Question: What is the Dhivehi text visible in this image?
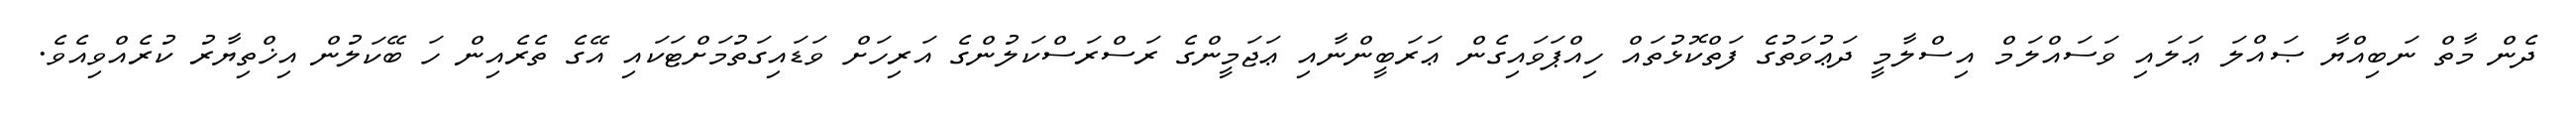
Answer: ދެން މާތް ނަބިއްޔާ ޞައްލަ ޢަލައި ވަސައްލަމް އިސްލާމީ ދަޢުވަތުގެ ފަތްކޮޅުތައް ހިއްޕަވައިގެން ޢަރަބީންނާއި ޢަޖަމީންގެ ރަސްރަސްކަލުންގެ އަރިހަށް ވަޑައިގަތުމަށްޓަކައި އޭގެ ތެރެއިން ހަ ބޭކަލުން އިޚްތިޔާރު ކުރެއްވިއެވެ.